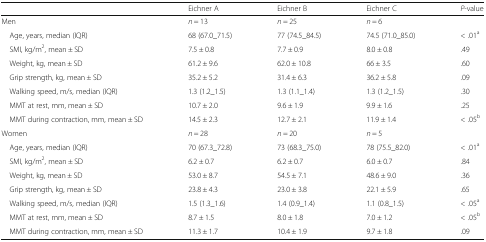
<table><thead><tr><td></td><td><b>Eichner A</b></td><td><b>Eichner B</b></td><td><b>Eichner C</b></td><td><b><i>P</i>-value</b></td></tr></thead><tbody><tr><td>Men</td><td><i>n</i> = 13</td><td><i>n</i> = 25</td><td><i>n</i> = 6</td><td></td></tr><tr><td> Age, years, median (IQR)</td><td>68 (67.0_71.5)</td><td>77 (74.5_84.5)</td><td>74.5 (71.0_85.0)</td><td>&lt; .01<sup>a</sup></td></tr><tr><td> SMI, kg/m<sup>2</sup>, mean ± SD</td><td>7.5 ± 0.8</td><td>7.7 ± 0.9</td><td>8.0 ± 0.8</td><td>.49</td></tr><tr><td> Weight, kg, mean ± SD</td><td>61.2 ± 9.6</td><td>62.0 ± 10.8</td><td>66 ± 3.5</td><td>.60</td></tr><tr><td> Grip strength, kg, mean ± SD</td><td>35.2 ± 5.2</td><td>31.4 ± 6.3</td><td>36.2 ± 5.8</td><td>.09</td></tr><tr><td> Walking speed, m/s, median (IQR)</td><td>1.3 (1.2_1.5)</td><td>1.3 (1.1_1.4)</td><td>1.3 (1.2_1.5)</td><td>.30</td></tr><tr><td> MMT at rest, mm, mean ± SD</td><td>10.7 ± 2.0</td><td>9.6 ± 1.9</td><td>9.9 ± 1.6</td><td>.25</td></tr><tr><td> MMT during contraction, mm, mean ± SD</td><td>14.5 ± 2.3</td><td>12.7 ± 2.1</td><td>11.9 ± 1.4</td><td>&lt; .05<sup>b</sup></td></tr><tr><td>Women</td><td><i>n</i> = 28</td><td><i>n</i> = 20</td><td><i>n</i> = 5</td><td></td></tr><tr><td> Age, years, median (IQR)</td><td>70 (67.3_72.8)</td><td>73 (68.3_75.0)</td><td>78 (75.5_82.0)</td><td>&lt; .01<sup>a</sup></td></tr><tr><td> SMI, kg/m<sup>2</sup>, mean ± SD</td><td>6.2 ± 0.7</td><td>6.2 ± 0.7</td><td>6.0 ± 0.7</td><td>.84</td></tr><tr><td> Weight, kg, mean ± SD</td><td>53.0 ± 8.7</td><td>54.5 ± 7.1</td><td>48.6 ± 9.0</td><td>.36</td></tr><tr><td> Grip strength, kg, mean ± SD</td><td>23.8 ± 4.3</td><td>23.0 ± 3.8</td><td>22.1 ± 5.9</td><td>.65</td></tr><tr><td> Walking speed, m/s, median (IQR)</td><td>1.5 (1.3_1.6)</td><td>1.4 (0.9_1.4)</td><td>1.1 (0.8_1.5)</td><td>&lt; .05<sup>a</sup></td></tr><tr><td> MMT at rest, mm, mean ± SD</td><td>8.7 ± 1.5</td><td>8.0 ± 1.8</td><td>7.0 ± 1.2</td><td>&lt; .05<sup>b</sup></td></tr><tr><td> MMT during contraction, mm, mean ± SD</td><td>11.3 ± 1.7</td><td>10.4 ± 1.9</td><td>9.7 ± 1.8</td><td>.09</td></tr></tbody></table>